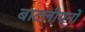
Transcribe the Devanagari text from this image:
बाटलीयनों